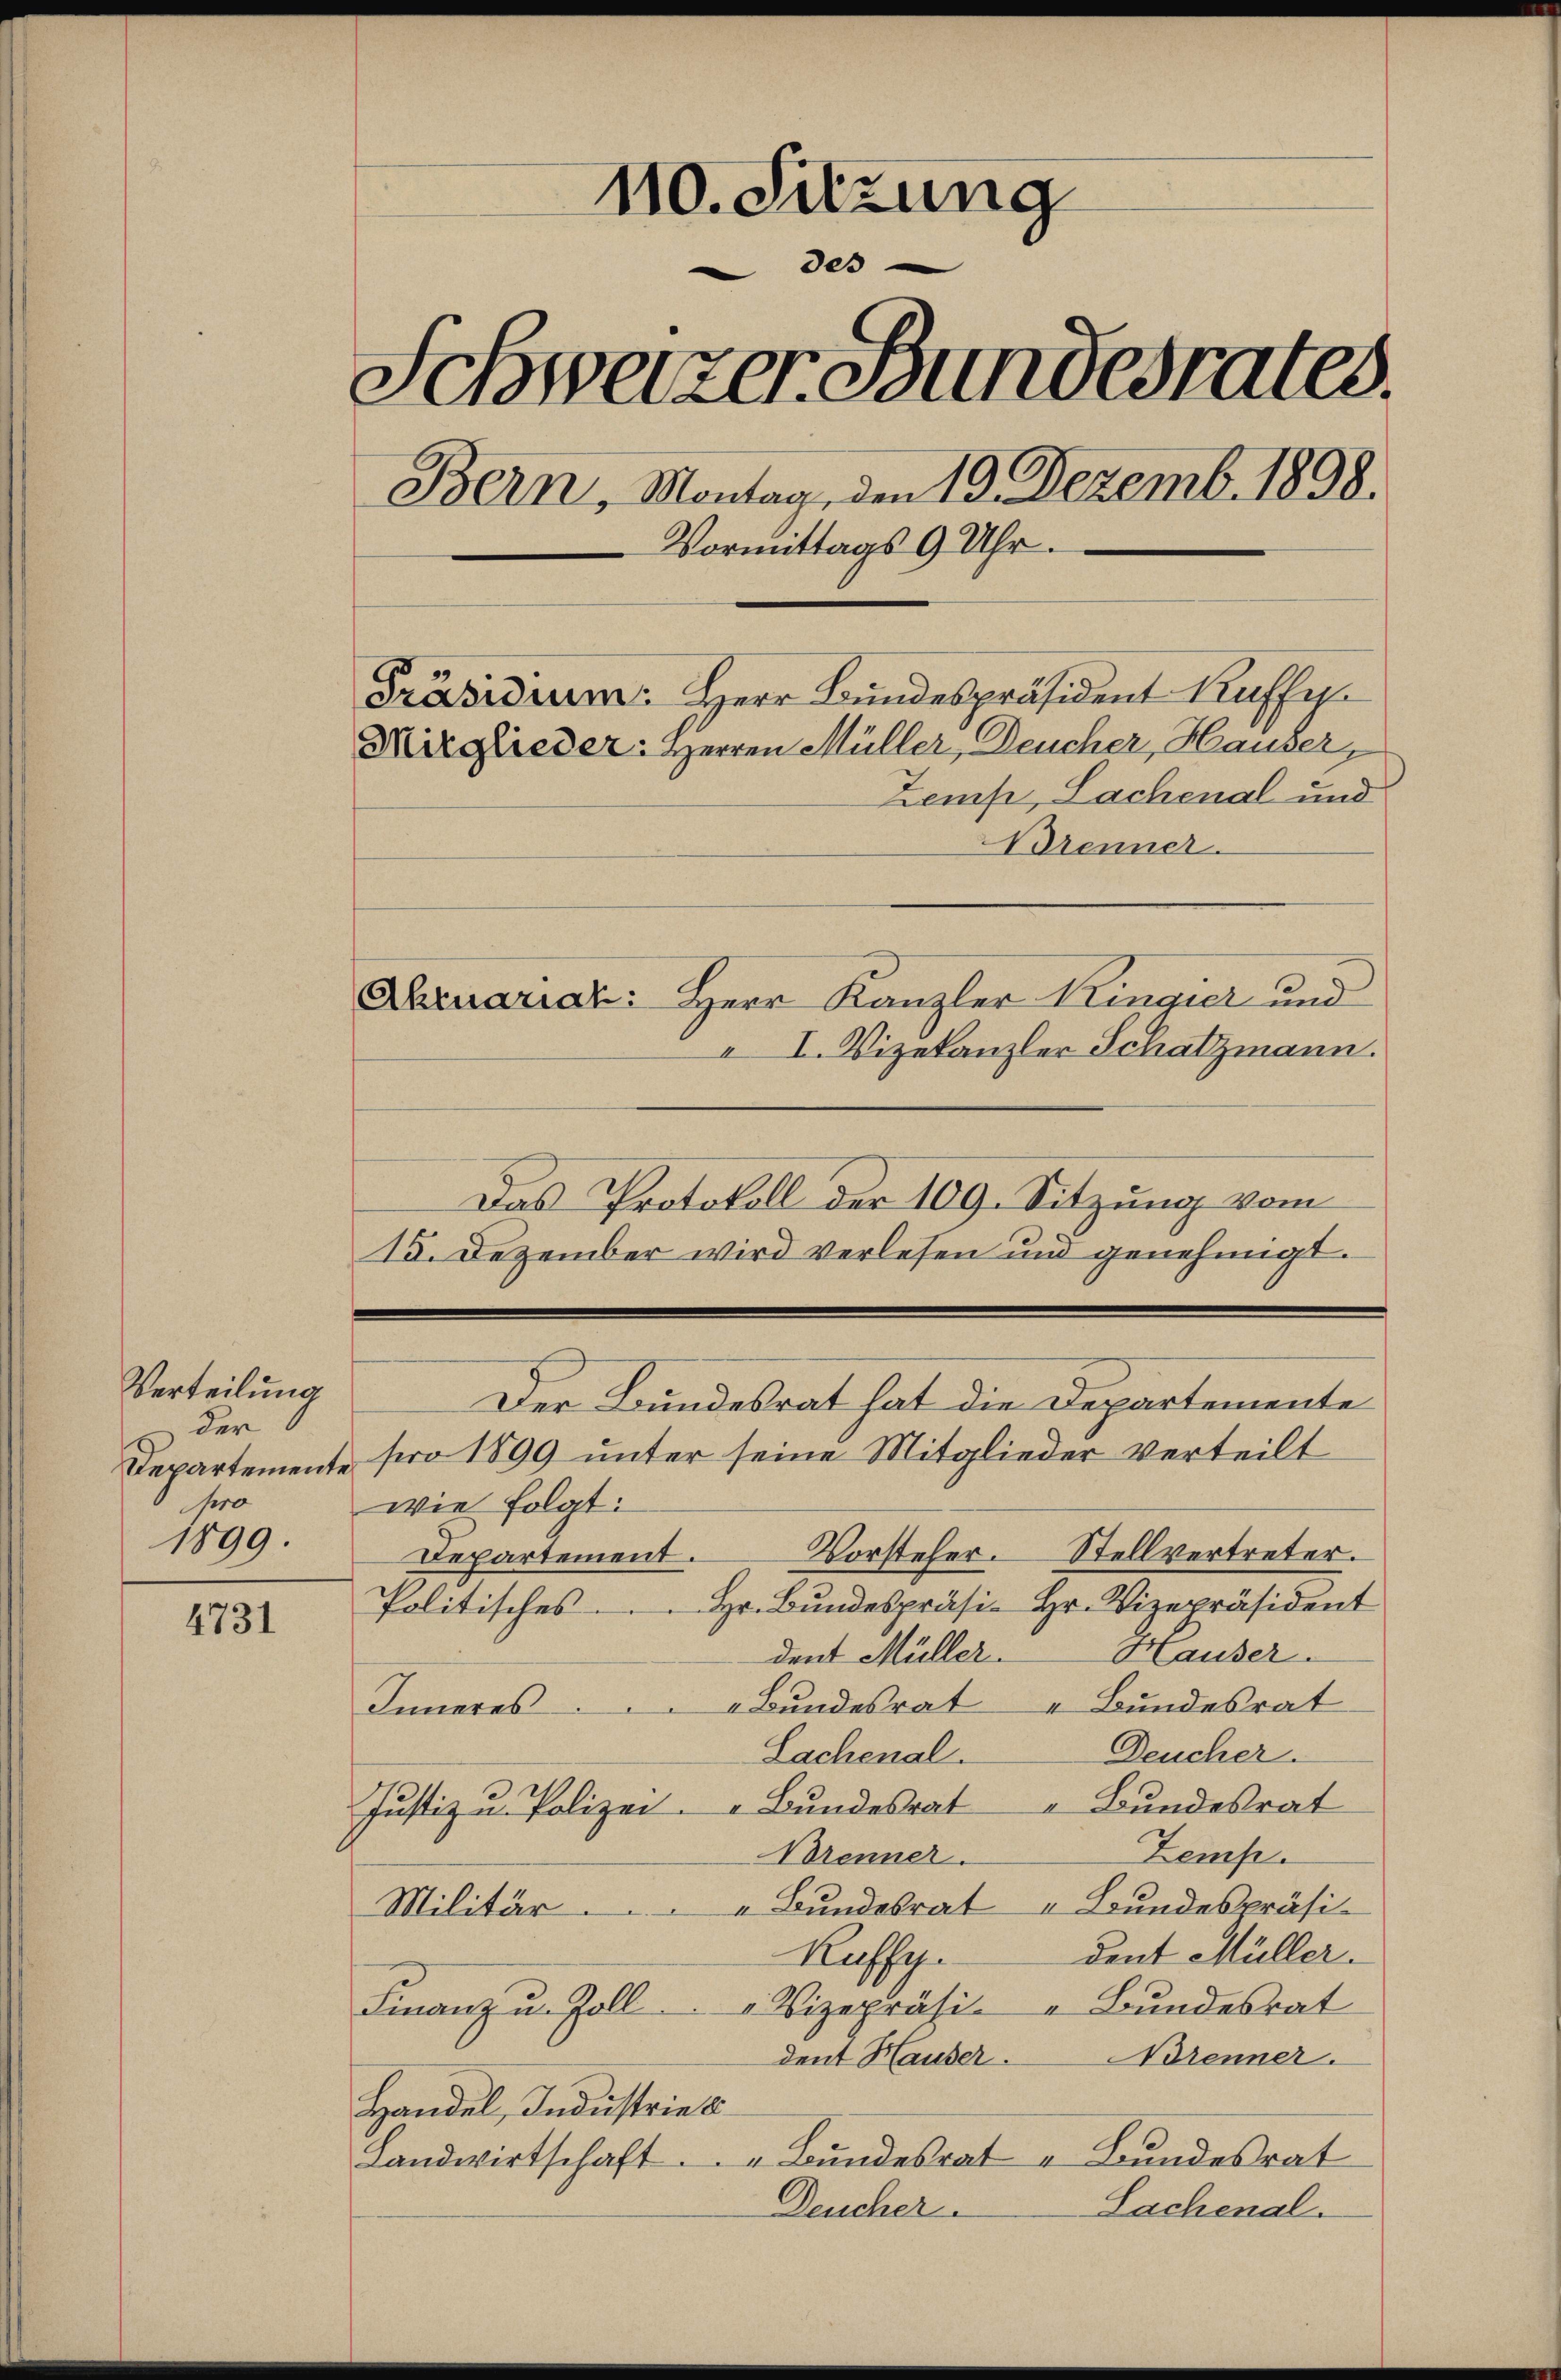
Verteilung
der
pro
1899.

4731

110. Sitzung
des
Schweizer Bundesrates.
Bern, Montag, den 19. Dezemb. 1898.
Vormittags 9 Uhr.
Präsidium Herr Bundespräsident Kuffe
Mitglieder: Herren Müller, Deucher, Hauser
Zems, Sachenal und
Brenner.

Aruariat: Herr Kanzler Ringier und
I. Vizekanzler Schatzmann.
Das Protokoll der 109. Sitzung vom
15. Dezember wird verlesen und genehmigt.

Der Bundesrat hat die Departemente

Departemente pro 1899 unter seine Mitglieder verteilt
wie folgt:
Vorsteher. Stellvertreter.
Departement.
Politisches. Hr. Bŭndespräsi- Hr. Vizepräsident
dent Müller. Hauser
Inneres Bundesrat „Bundesrat
Deucher.
Lachenal.
Justiz u. Polizei „Bundesrat " Bundesrat
Zemp.
Brenner.
Militär. " Bundesrat „Bundespräsident Müller.
Kuffy.
" Vizepräsi- " Bundesrat
Finanz u. Zoll
Norenner.
dent Hauser.
Handel, Industrie b
Landwirtschaft. " Bundesrat „Bundesrat
Deucher
Sachenal.